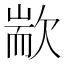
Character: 歂